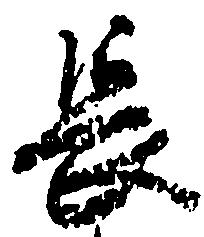
長